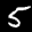
Label: 5